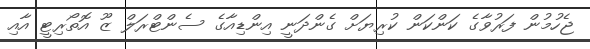
ޖެހުމުން ފަރުވާގެ ކަންކަން ކުރިޔަށް ގެންދަނީ އިންޑިއާގެ ސެންޓްރަލް ޒޫ އޮތޯރިޓީ އާއި